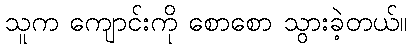
သူက ကျောင်းကို စောစော သွားခဲ့တယ်။